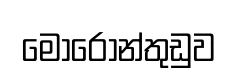
මොරොන්තුඩුව